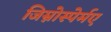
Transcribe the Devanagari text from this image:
जिम्नोस्पेर्मए